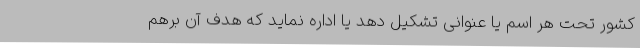
کشور تحت هر اسم یا عنوانی تشکیل دهد یا ‌اداره نماید که هدف آن برهم